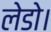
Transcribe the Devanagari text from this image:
लेडो।